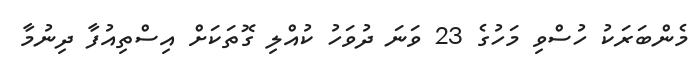
މެންބަރަކު ހުސްވި މަހުގެ 23 ވަނަ ދުވަހު ކުއްލި ގޮތަކަށް އިސްތިއުފާ ދިނުމާ